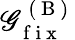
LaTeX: \mathscr{G}_{\mathrm{{~f~i~x~}}}^{\mathrm{{~(~B~)~}}}